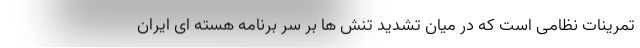
تمرینات نظامی است که در میان تشدید تنش ها بر سر برنامه هسته ای ایران